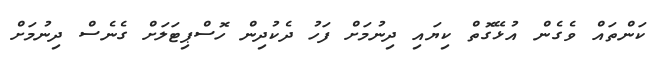
ކަންތައް ވެގެން އުޅޭގޮތް ކިޔައި ދިނުމަށް ފަހު ދެކުދިން ހޮސްޕިޓަލަށް ގެނެސް ދިނުމަށް